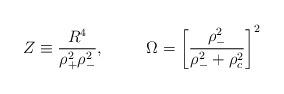
LaTeX: \begin{align*}Z \equiv \frac{R^4}{\rho_+^2 \rho_-^2}, \;\;\ \ \ \ \ \ \Omega = \left[\frac{\rho_-^2}{\rho_-^2 + \rho_c^2} \right]^2\end{align*}